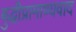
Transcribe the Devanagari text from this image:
बुद्धीप्रामाण्यवाद